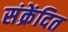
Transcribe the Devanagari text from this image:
संक्रेंदित